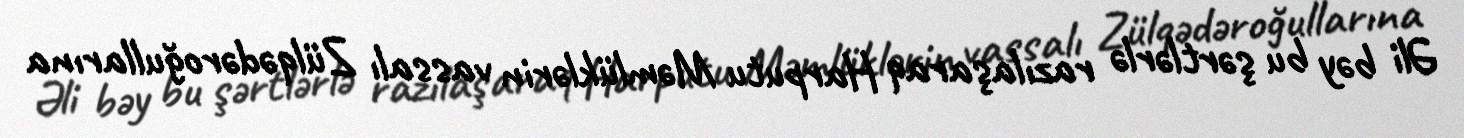
Əli bəy bu şərtlərlə razılaşaraq Harputu Məmlüklərin vassalı Zülqədəroğullarına